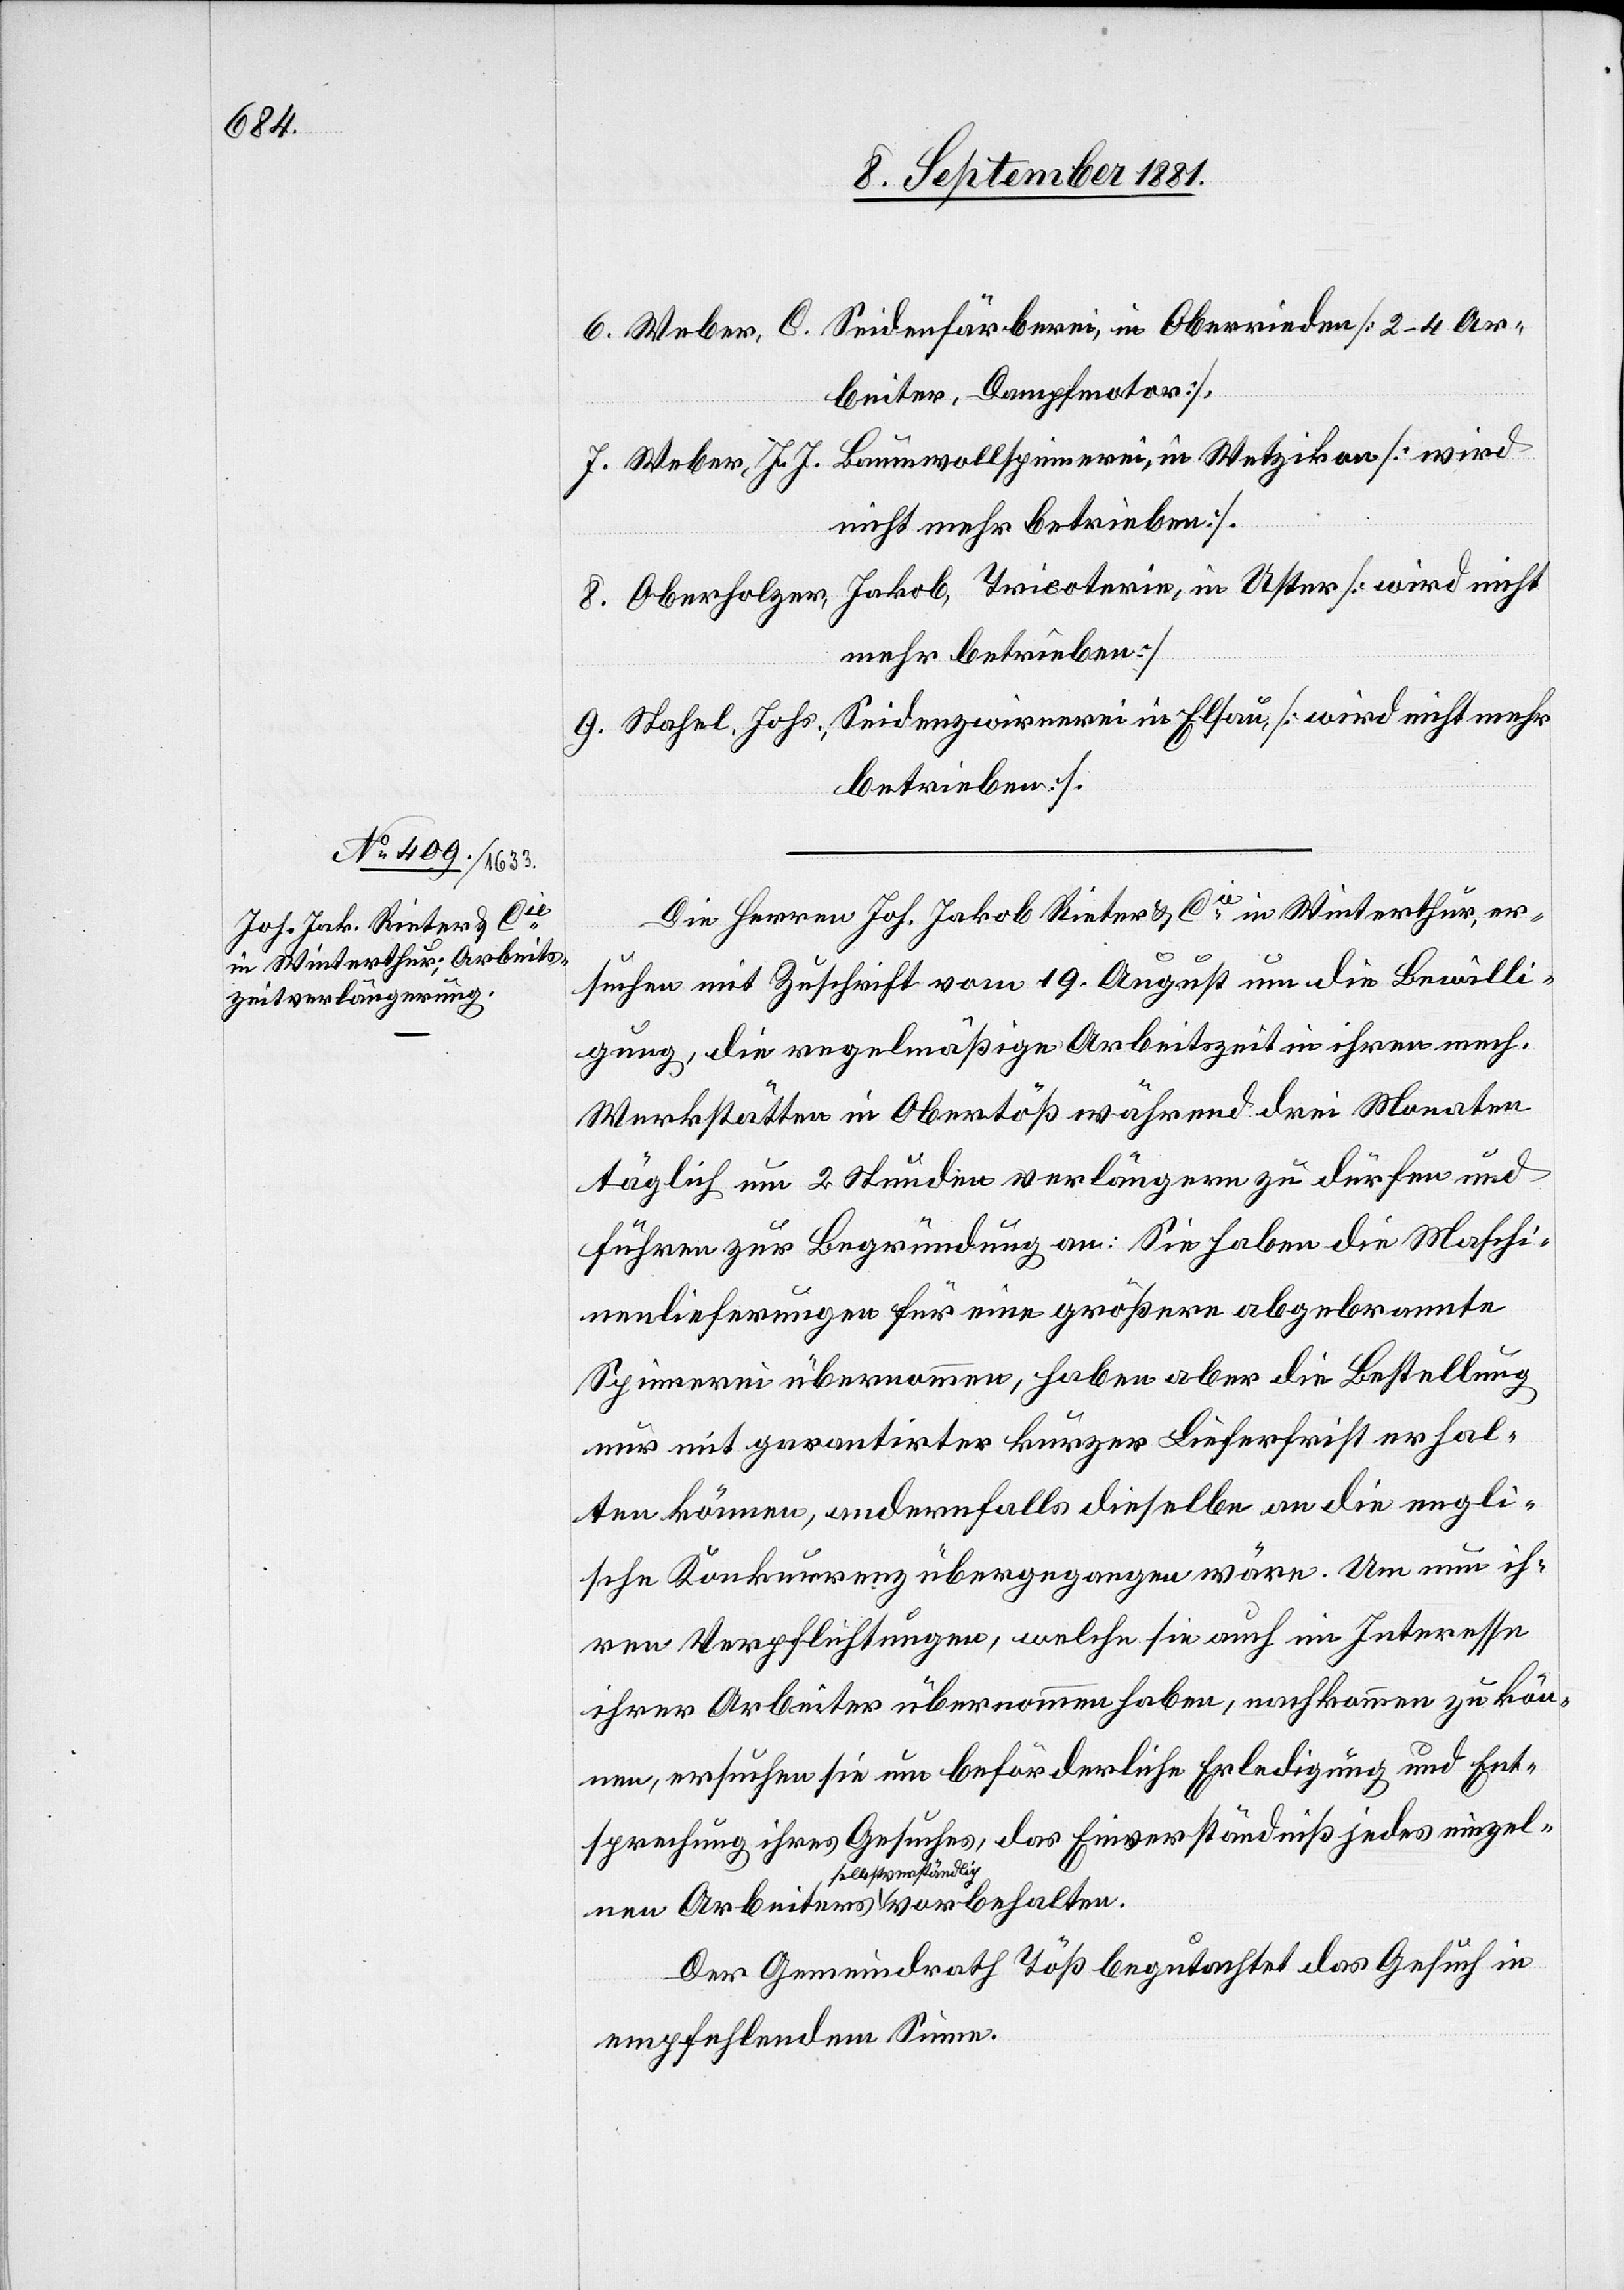
Seidenfärberei, in Albisrieden [2–4 Ar¬
beiter, Dampfmotor].
Baumwollspinnerei, in Wetzikon [wird
Weber, J. J.
nicht mehr betrieben][.]
Seidenzwirnerei in Elsau [wird nicht mehr
betrieben].
Die Herren Joh. Jakob Rieter & Cie in Winterthur, er¬
suchen mit Zuschrift vom 19. August um die Bewilli¬
gung, die regelmäßige Arbeitszeit in ihren mech.
Werkstätten in Obertöß während drei Monaten
täglich um 2 Stunden verlängern zu dürfen und
führen zur Begründung an: Sie haben die Maschi¬
nenlieferungen für eine größere abgebrannte
Spinnerei übernommen, haben aber die Bestellung
nur mit garantirter kurzer Lieferfrist erhal¬
ten können, andernfalls dieselbe an die engli¬
sche Konkurrenz übergegangen wäre. Um nun ih¬
ren Verpflichtungen, welche sie auch im Interesse
ihrer Arbeiter übernommen haben, nachkommen zu kön¬
nen, ersuchen sie um beförderliche Erledigung und Ent¬
sprechung ihres Gesuches, das Einverständniß jedes einzelnen
selbstsverständlich
Der Gemeindrath Töß begutachtet das Gesuch in
empfehlendem Sinne.